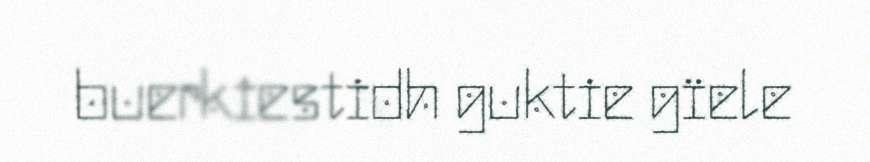
buerkiestidh guktie gïele